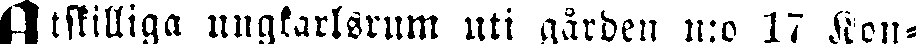
Åtskilliga ungkarlsrum uti gården n:o 17 Kon-